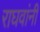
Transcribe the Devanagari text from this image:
राघवांनी